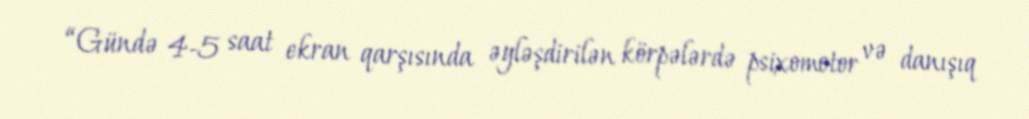
“Gündə 4-5 saat ekran qarşısında əyləşdirilən körpələrdə psixomotor və danışıq